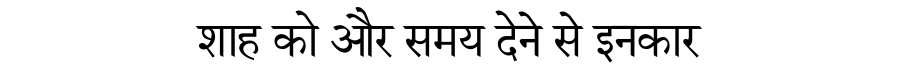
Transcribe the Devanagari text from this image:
शाह को और समय देने से इनकार